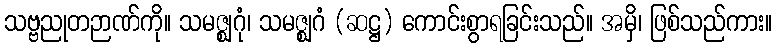
သဗ္ဗညုတဉာဏ်ကို။ သမဇ္ဈဂုံ၊ သမဇ္ဈဂံ (ဆဋ္ဌ) ကောင်းစွာရခြင်းသည်။ အမှိ၊ ဖြစ်သည်ကား။